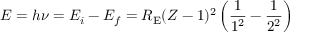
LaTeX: E = h \nu = E _ { i } - E _ { f } = R _ { \mathrm { E } } ( Z - 1 ) ^ { 2 } \left( { \frac { 1 } { 1 ^ { 2 } } } - { \frac { 1 } { 2 ^ { 2 } } } \right)